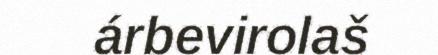
árbevirolaš